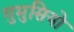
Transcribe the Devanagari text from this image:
गुमुसियो